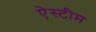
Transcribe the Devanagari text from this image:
ऐस्टीम